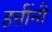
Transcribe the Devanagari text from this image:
हत्तींनी